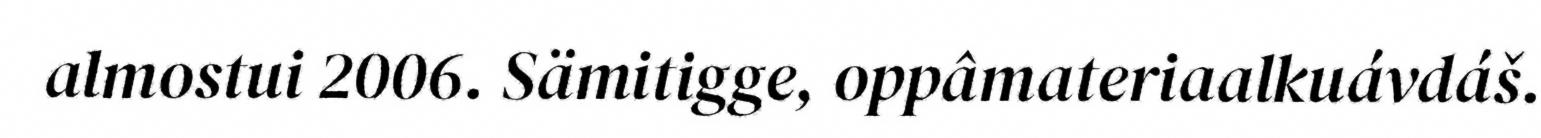
almostui 2006. Sämitigge, oppâmateriaalkuávdáš.